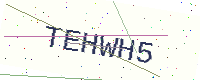
Text: TEHWH5